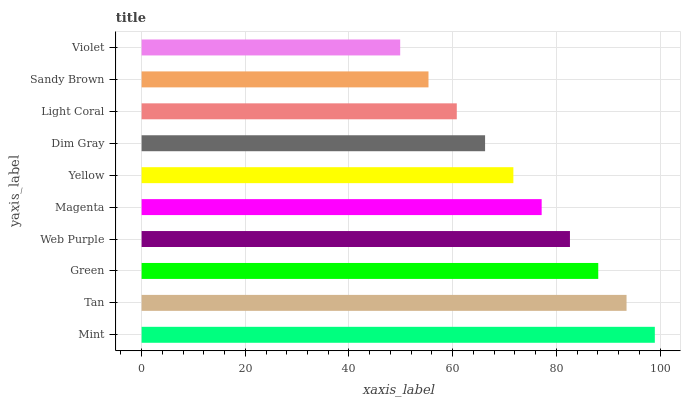
| yaxis_label | bars |
 | --- | --- |
 | Mint | 99 |
 | Tan | 93.5 |
 | Green | 88.1 |
 | Web Purple | 82.6 |
 | Magenta | 77.2 |
 | Yellow | 71.7 |
 | Dim Gray | 66.3 |
 | Light Coral | 60.8 |
 | Sandy Brown | 55.3 |
 | Violet | 49.9 |